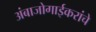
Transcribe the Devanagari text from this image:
अंबाजोगाईकरांचे